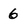
Character: 6